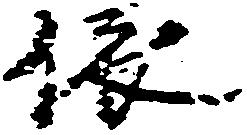
依